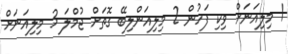
1 މިލިއަނަށް ވިކި ފަހުން 2 މިލިއަންލިބޭ ގޮތަށް ޖުމްލަ 3 މިލިއަނަށް